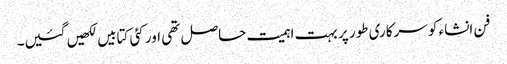
فن انشاء کو سرکاری طور پر بہت اہمیت حاصل تھی اور کئی کتابیں لکھیں گئیں۔